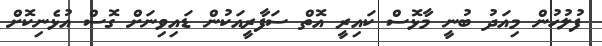
ފުލުހުން މިއަދު ބުނީ މާޅޮސް ކައިރީ އޮތް ސަފާރީއަކުން ޑައިވިނަށް ގޮސް އުޅެނިކޮށް